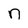
Character: n